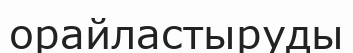
орайластыруды